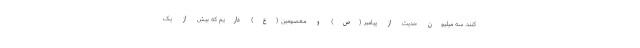
کنند. سه میلیون حدیث از پیامبر (ص) و معصومین (ع) داریم که بیش از یک